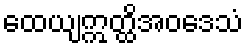
ထေယျဣတ္ထိအဝဒေသံ